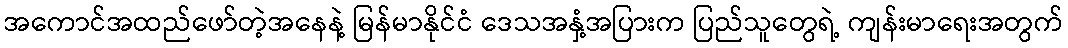
အကောင်အထည်ဖော်တဲ့အနေနဲ့ မြန်မာနိုင်ငံ ဒေသအနှံ့အပြားက ပြည်သူတွေရဲ့ ကျန်းမာရေးအတွက်